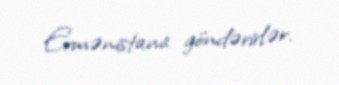
Ermənistana göndərirlər.